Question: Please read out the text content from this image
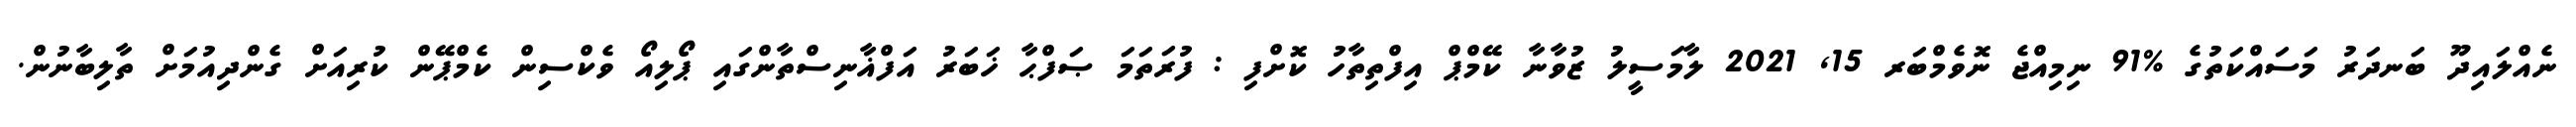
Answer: ނެއްލައިދޫ ބަނދަރު މަސައްކަތުގެ %91 ނިމިއްޖެ ނޮވެމްބަރ 15, 2021 ލާމަސީލު ޒުވާނާ ކޭމްޕް އިފްތިތާހު ކޮށްފި : ފުރަތަމަ ޞަފްޙާ ޚަބަރު އަފްޣާނިސްތާންގައި ޕޯލިއޯ ވެކްސިން ކެމްޕޭން ކުރިއަށް ގެންދިއުމަށް ތާލިބާނުން.